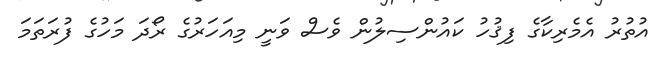
އުތުރު އެމެރިކާގެ ފިޤުހު ކައުންސިލުން ވެސް ވަނީ މިއަހަރުގެ ރޯދަ މަހުގެ ފުރަތަމަ